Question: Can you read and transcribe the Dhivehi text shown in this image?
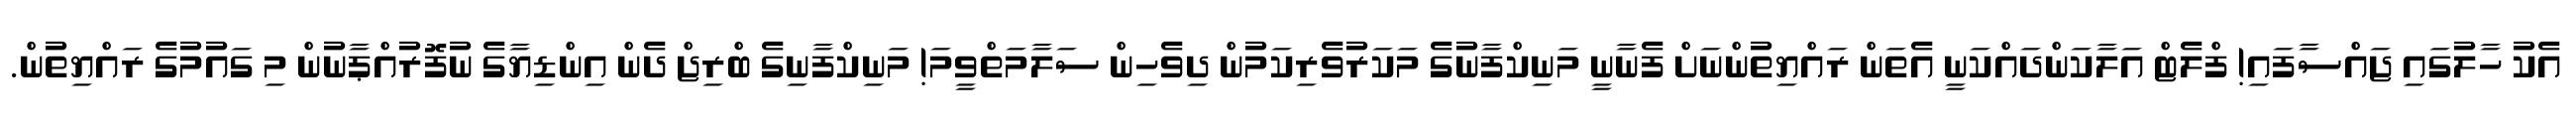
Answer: އެކު ހާލުގައި ޖައްސާފައި! ފްލެޓް އަލާކަންދައްކަނީ އެތަން ރައްޔިތުންނަށް ފެނާނީ މަނިކްފާނުގެ މަކަރުވެރިކަމުން ދިވެހިން ސަލާމަތްވީމަ! މަނިކްފާނިގެ ބްރިޖް ދެން އިންޑިޔާގެ ނުފޮރުއްޕާނުން މި ގައުމުގެ ރައްޔިތުން.